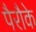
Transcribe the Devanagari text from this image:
पैरौके